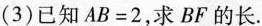
(3)已知$$A B = 2$$，求BF的长.